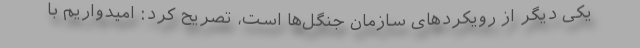
یکی دیگر از رویکردهای سازمان جنگل‌ها است، تصریح کرد: امیدواریم با